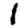
Digit: 1